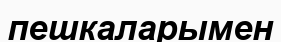
пешкаларымен